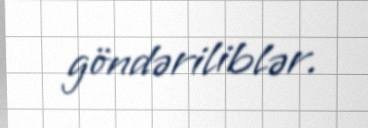
göndəriliblər.